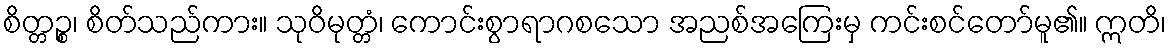
စိတ္တဉ္စ၊ စိတ်သည်ကား။ သုဝိမုတ္တံ၊ ကောင်းစွာရာဂစသော အညစ်အကြေးမှ ကင်းစင်တော်မူ၏။ ဣတိ၊